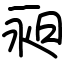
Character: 昶